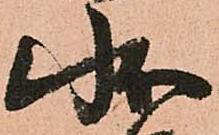
状